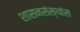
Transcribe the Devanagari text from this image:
शासनसंस्थांस